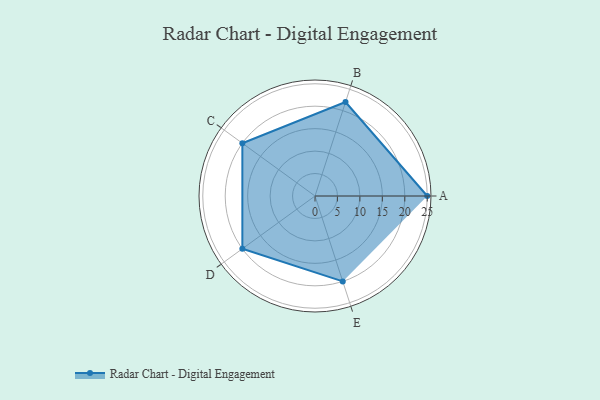
{"axis": {"x": "Skill", "y": "Score"}, "legend": ["Profile"], "data": [{"x": "A", "y": 25.0, "type": "Profile"}, {"x": "B", "y": 22.0, "type": "Profile"}, {"x": "C", "y": 20.0, "type": "Profile"}, {"x": "D", "y": 20, "type": "Profile"}, {"x": "E", "y": 20, "type": "Profile"}]}